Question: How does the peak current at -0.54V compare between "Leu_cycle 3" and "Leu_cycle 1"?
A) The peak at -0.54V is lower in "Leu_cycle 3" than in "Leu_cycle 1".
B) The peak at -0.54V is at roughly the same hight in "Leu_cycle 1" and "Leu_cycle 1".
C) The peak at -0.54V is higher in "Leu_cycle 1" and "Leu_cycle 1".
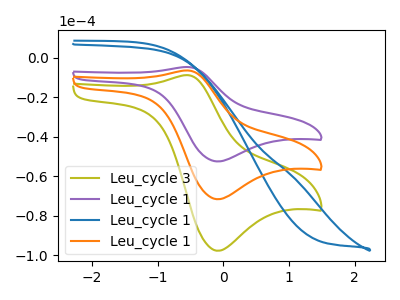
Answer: <think>The olive curve "Leu_cycle 3" has an anodic peak at (-0.55V, -8.90uA) and a cathodic peak at (-0.10V, -97.60uA). The purple curve "Leu_cycle 1" has an anodic peak at (-0.55V, -13.00uA) and a cathodic peak at (-0.10V, -143.15uA). The blue curve "Leu_cycle 1" has no peaks. The orange curve "Leu_cycle 1" has an anodic peak at (-0.55V, -6.50uA) and a cathodic peak at (-0.10V, -71.60uA).</think>
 <answer>A) The peak at -0.54V is lower in "Leu_cycle 3" than in "Leu_cycle 1".</answer>
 <eval>A</eval>